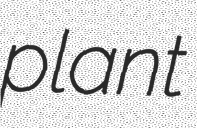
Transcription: plant